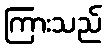
ကြားသည်